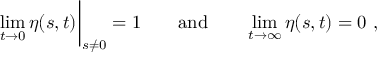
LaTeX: \operatorname * { l i m } _ { t \to 0 } \eta ( s , t ) \bigg | _ { s \neq 0 } = 1 \qquad \mathrm { a n d } \qquad \operatorname * { l i m } _ { t \to \infty } \eta ( s , t ) = 0 \ ,